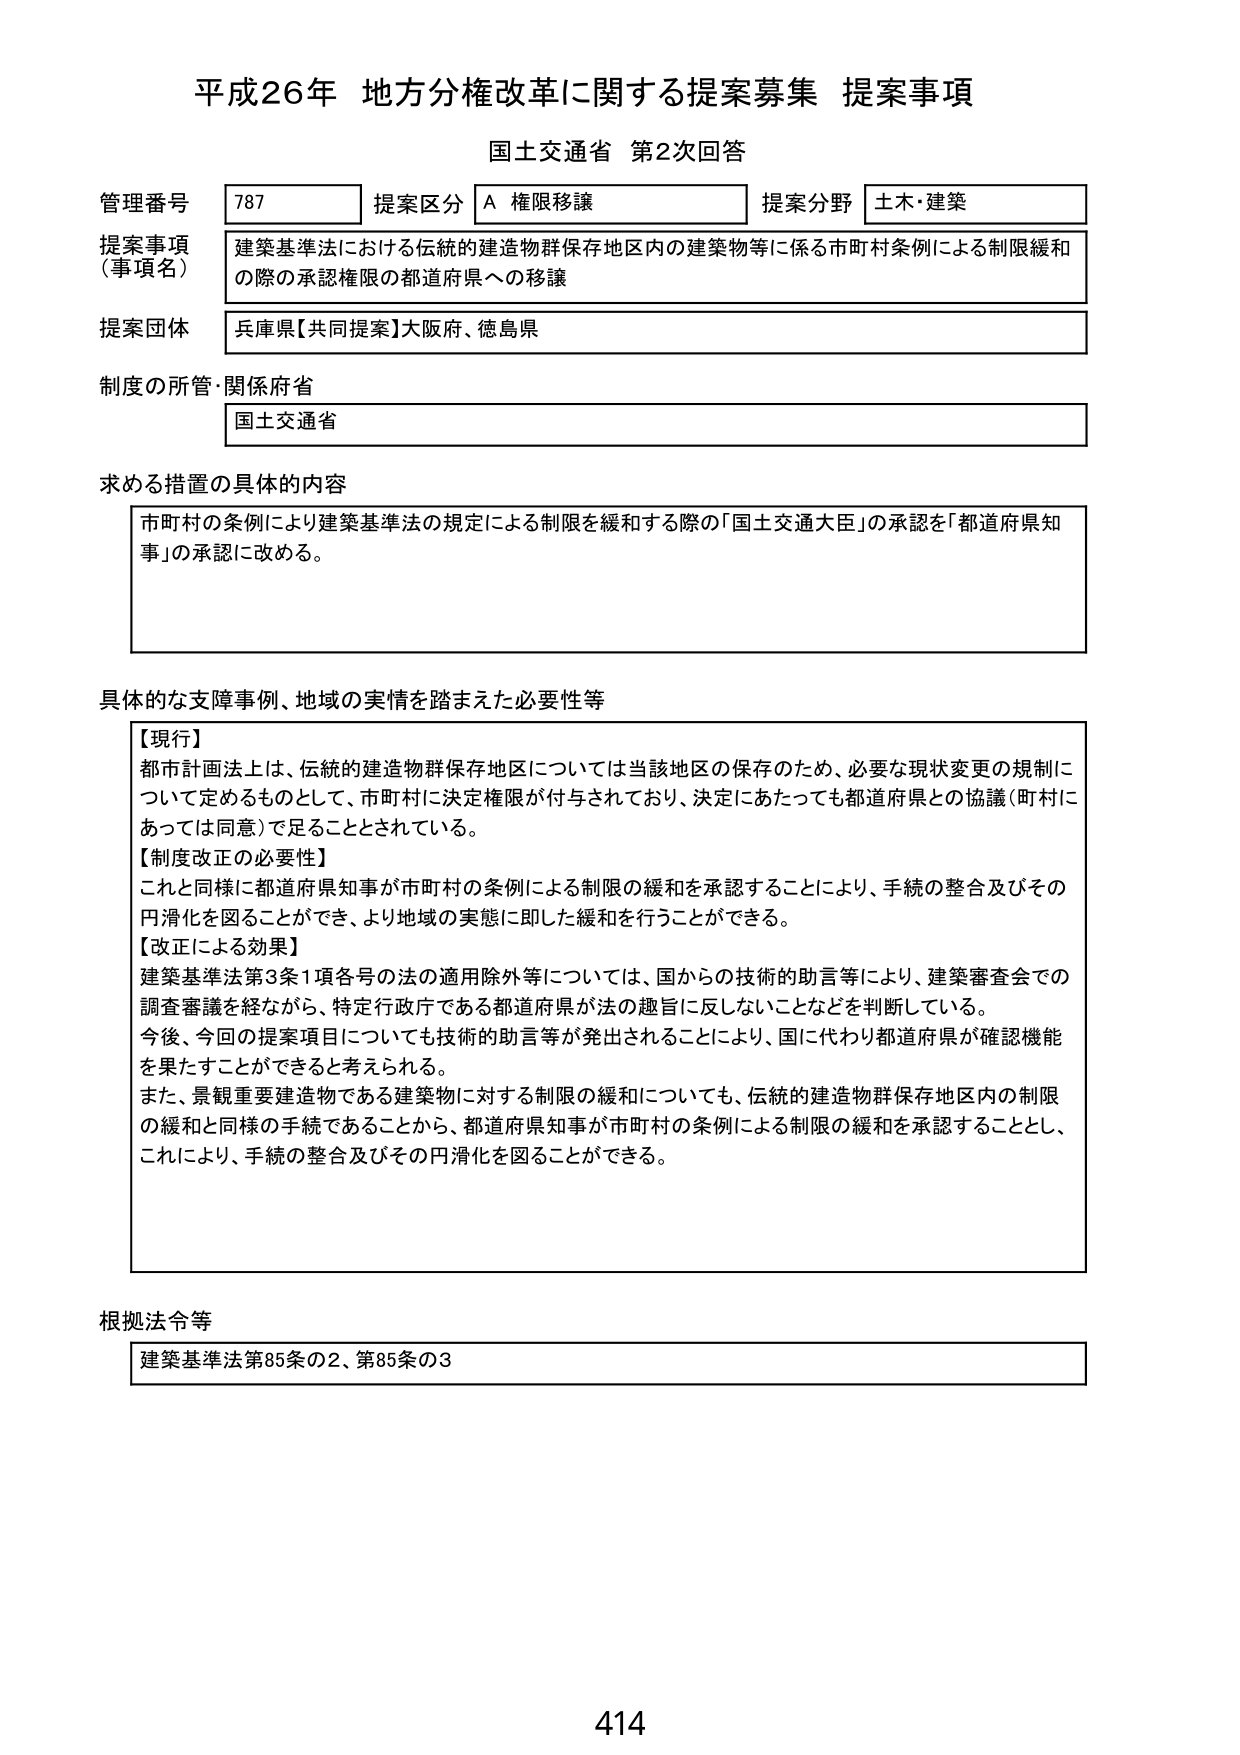
平成26年 地方分権改革に関する提案募集 提案事項
国土交通省 第2次回答

管理番号 787 提案区分 A 権限移譲 提案分野 土木・建築
提案事項（事項名） 建築基準法における伝統的建造物群保存地区内の建築物等に係る市町村条例による制限緩和の際の承認権限の都道府県への移譲
提案団体 兵庫県【共同提案】大阪府、徳島県
制度の所管・関係府省 国土交通省

求める措置の具体的内容
市町村の条例により建築基準法の規定による制限を緩和する際の「国土交通大臣」の承認を「都道府県知事」の承認に改める。

具体的な支障事例、地域の実情を踏まえた必要性等
【現行】
都市計画法上は、伝統的建造物群保存地区については当該地区の保存のため、必要な現状変更の規制について定めるものとして、市町村に決定権限が付与されており、決定にあたっても都道府県との協議（町村にあっては同意）で足りることとされている。
【制度改正の必要性】
これと同様に都道府県知事が市町村の条例による制限の緩和を承認することにより、手続の整合及びその円滑化を図ることができ、より地域の実態に即した緩和を行うことができる。
【改正による効果】
建築基準法第3条1項各号の法の適用除外等については、国からの技術的助言等により、建築審査会での調査審議を経ながら、特定行政庁である都道府県が法の趣旨に反しないことなどを判断している。
今後、今回の提案項目についても技術的助言等が発出されることにより、国に代わり都道府県が確認機能を果たすことができると考えられる。
また、景観重要建造物である建築物に対する制限の緩和についても、伝統的建造物群保存地区内の制限の緩和と同様の手続であることから、都道府県知事が市町村の条例による制限の緩和を承認することとし、これにより、手続の整合及びその円滑化を図ることができる。

根拠法令等
建築基準法第85条の2、第85条の3

414